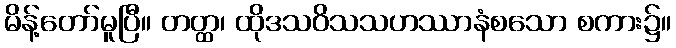
မိန့်တော်မူပြီ။ တတ္ထ၊ ထိုဒသဝိသသဟဿာနံစသော စကား၌။